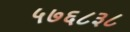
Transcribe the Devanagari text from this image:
५७६८३८